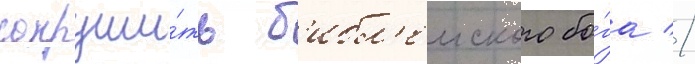
сокруши́ть б'ибл'еиского бо́га //